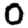
Digit: 0